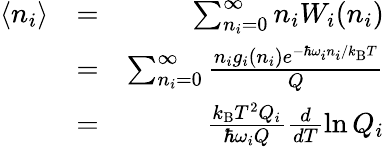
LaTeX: \begin{array}{rlr}{\langle n_{i}\rangle}&{=}&{\sum_{n_{i}=0}^{\infty}n_{i}W_{i}(n_{i})}\\ &{=}&{\sum_{n_{i}=0}^{\infty}\frac{n_{i}g_{i}(n_{i})e^{-\hbar\omega_{i}n_{i}/k_{\mathrm{B}}T}}{Q}}\\ &{=}&{\frac{k_{\mathrm{B}}T^{2}Q_{i}}{\hbar\omega_{i}Q}\frac{d}{dT}\ln Q_{i}}\end{array}